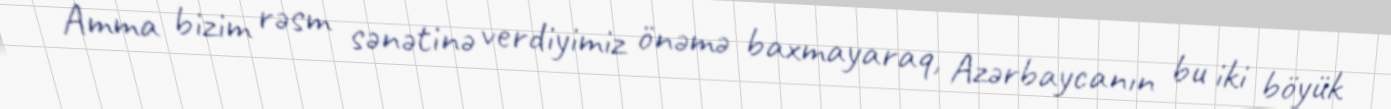
Amma bizim rəsm sənətinə verdiyimiz önəmə baxmayaraq, Azərbaycanın bu iki böyük